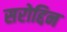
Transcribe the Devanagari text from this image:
सरोद्दिन